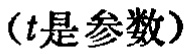
（\(t\)是参数）